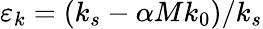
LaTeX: \varepsilon_{k}=(k_{s}-\alpha Mk_{0})/k_{s}